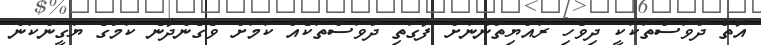
އޮތް ދުވަސްތަކަކީ ދިވެހި ރައްޔިތުންނަށް ފާގަތި ދުވަސްތަކެއް ކަމަށް ވެގެންދާނެ ކަމުގެ ޔަގީންކަން